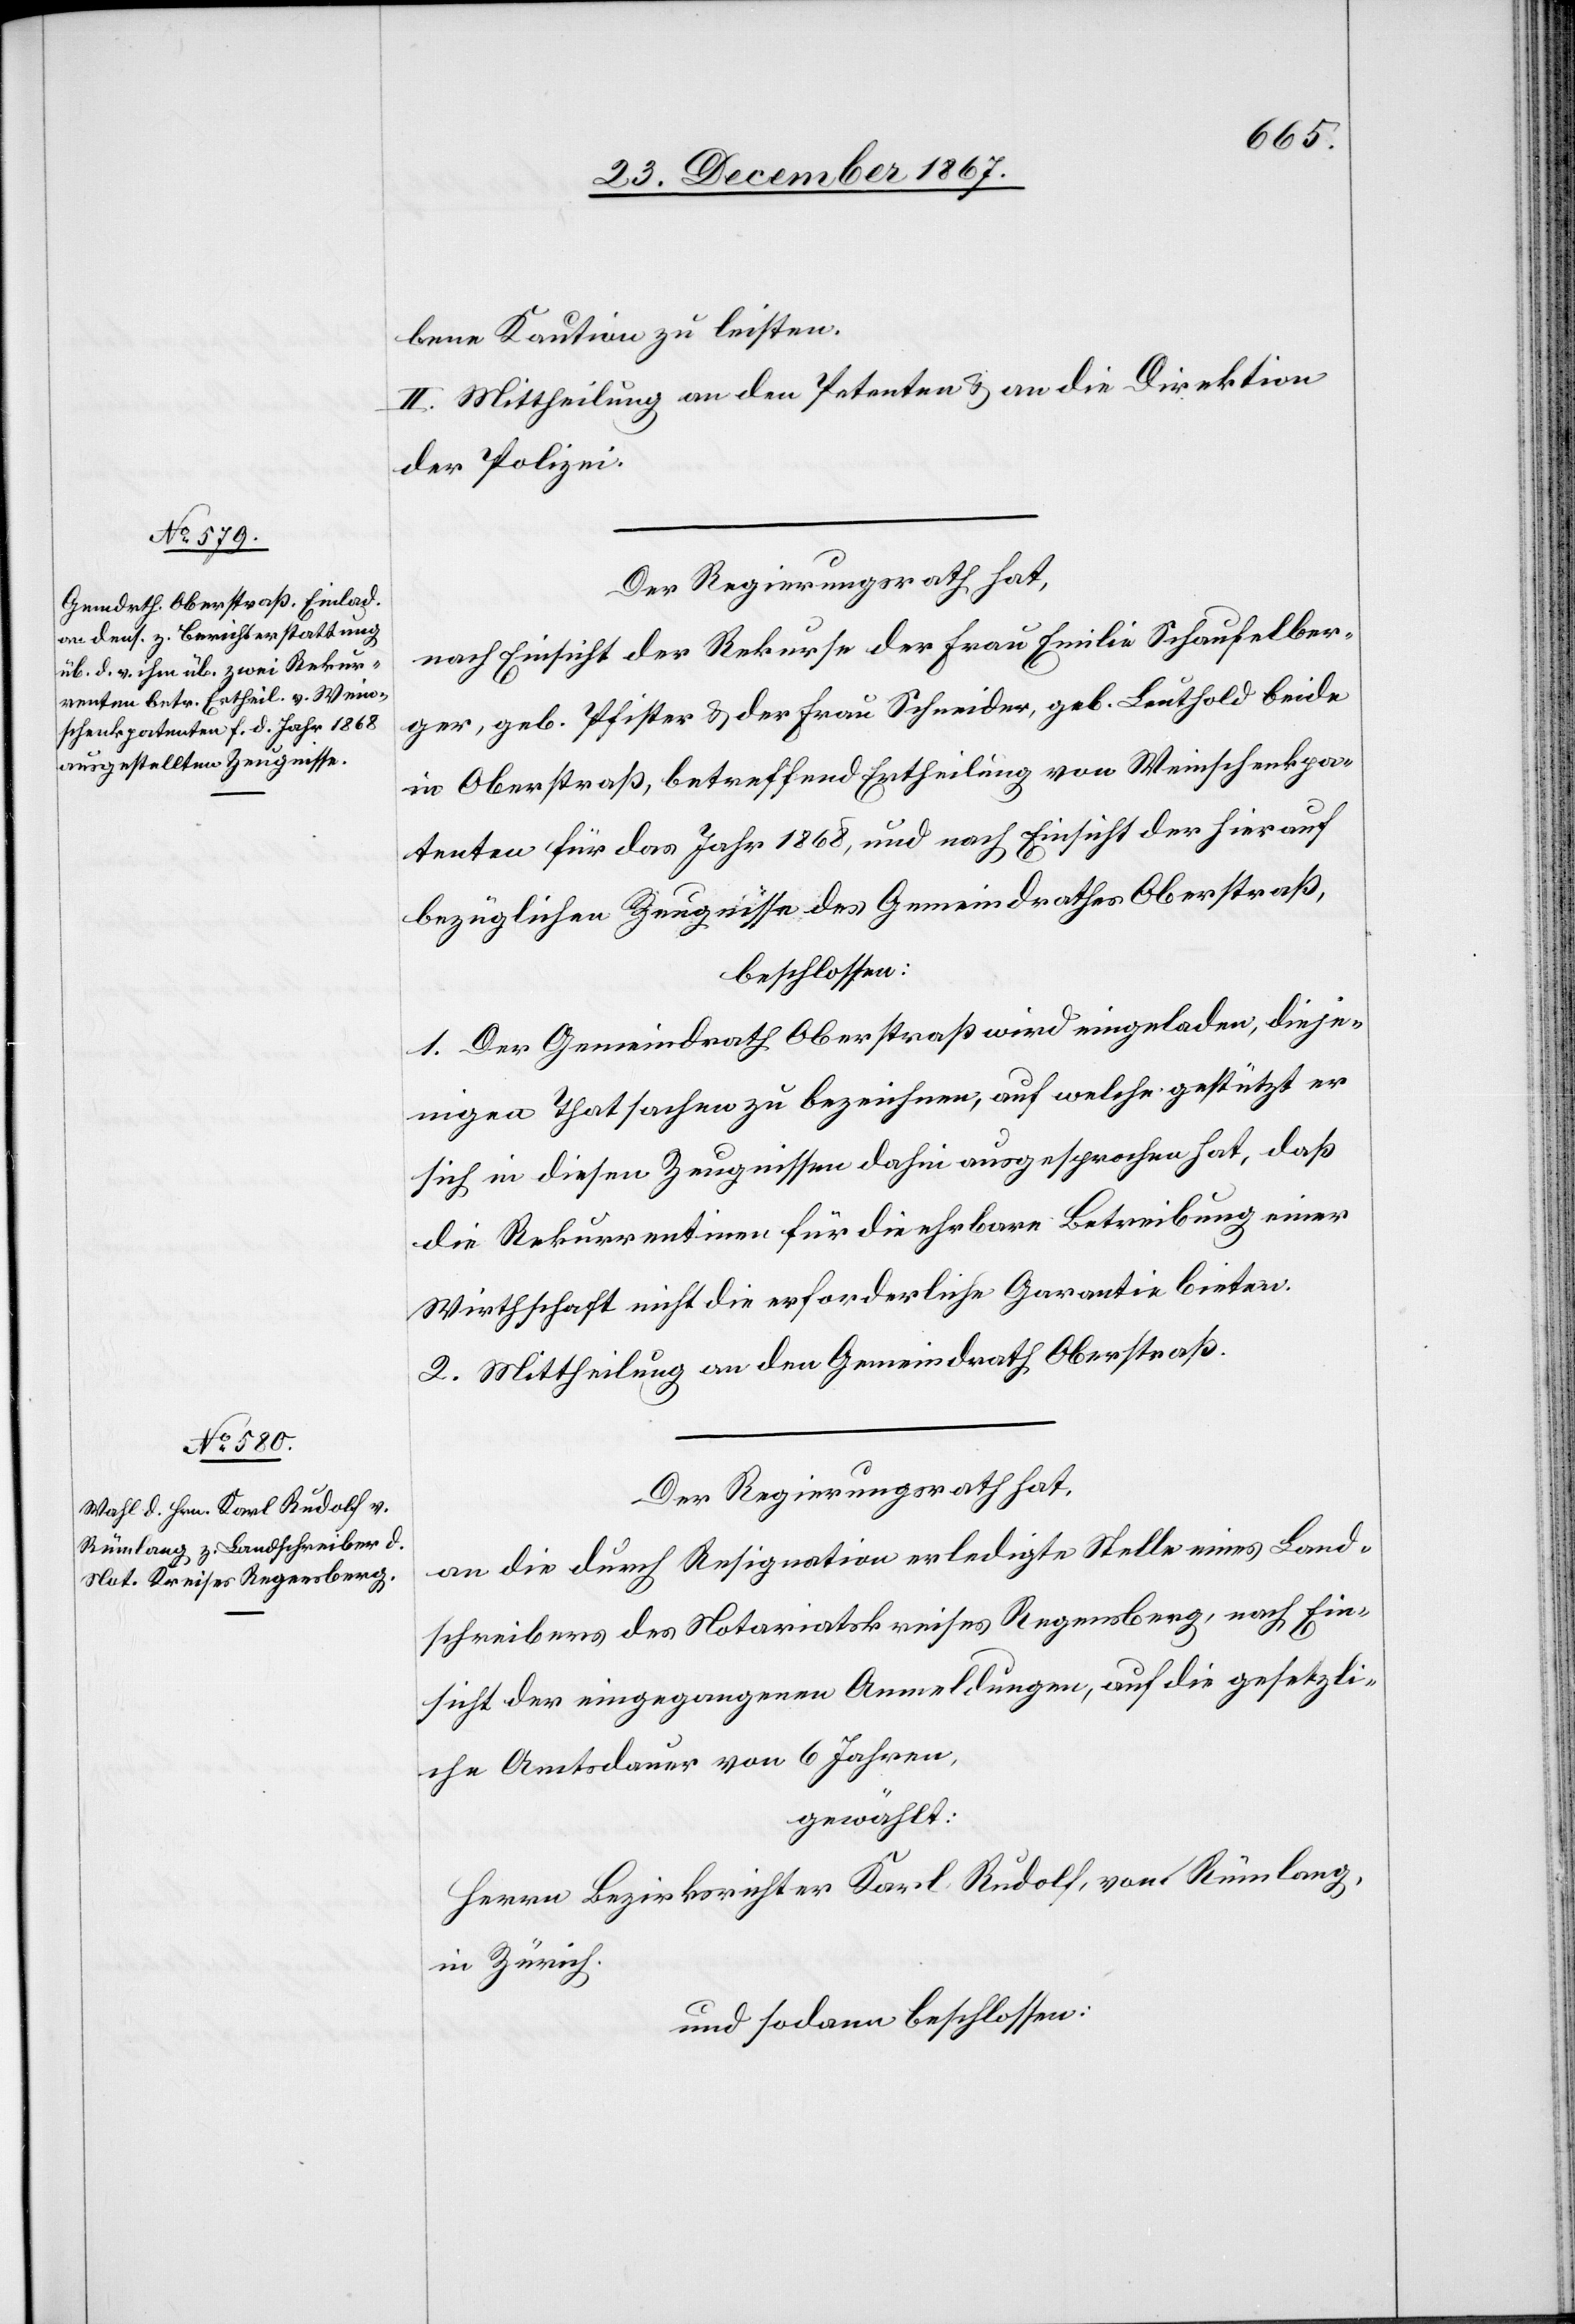
bene Kaution zu leisten.
II. Mittheilung an den Petenten u. an die Direktion
der Polizei.
Der Regierungsrath hat,
nach Einsicht der Rekurse der Frau Emilie Schaufelber¬
ger, geb. Pfister u. der Frau Schneider, geb. Leuthold beide
in Oberstraße, betreffend Ertheilung von Weinschenkpa¬
tenten für das Jahr 1868, und nach Einsicht der hierauf
bezüglichen Zeugnisse des Gemeindrathes Oberstraß,
beschlossen:
1. Der Gemeindrath Oberstraß wird eingeladen, dieje¬
nigen Thatsachen zu bezeichnen, auf welche gestützt er
sich in diesen Zeugnissen dahin ausgesprochen hat, daß
die Rekurrentinen für die ehrbare Betreibung einer
Wirthschaft nicht die erforderliche Garantie bieten.
2. Mittheilung an den Gemeindrath Oberstraß.
Der Regierungsrath hat,
an die durch Resignation erledigte Stelle eines Land¬
schreibers des Notariatskreises Regensberg, nach Ein¬
sicht der eingegangenen Anmeldungen, auf die gesetzli¬
che Amtsdauer von 6 Jahren,
gewählt:
Herrn Bezirksrichter Karl Rudolf von Rümlang,
in Zürich,
und sodann beschlossen: